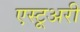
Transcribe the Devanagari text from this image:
एस्टूअरी